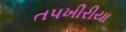
તપખીરીયા